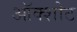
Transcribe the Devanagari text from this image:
ऑक्शोट